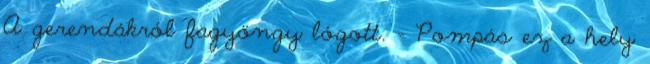
A gerendákról fagyöngy lógott. - Pompás ez a hely